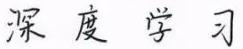
深度学习